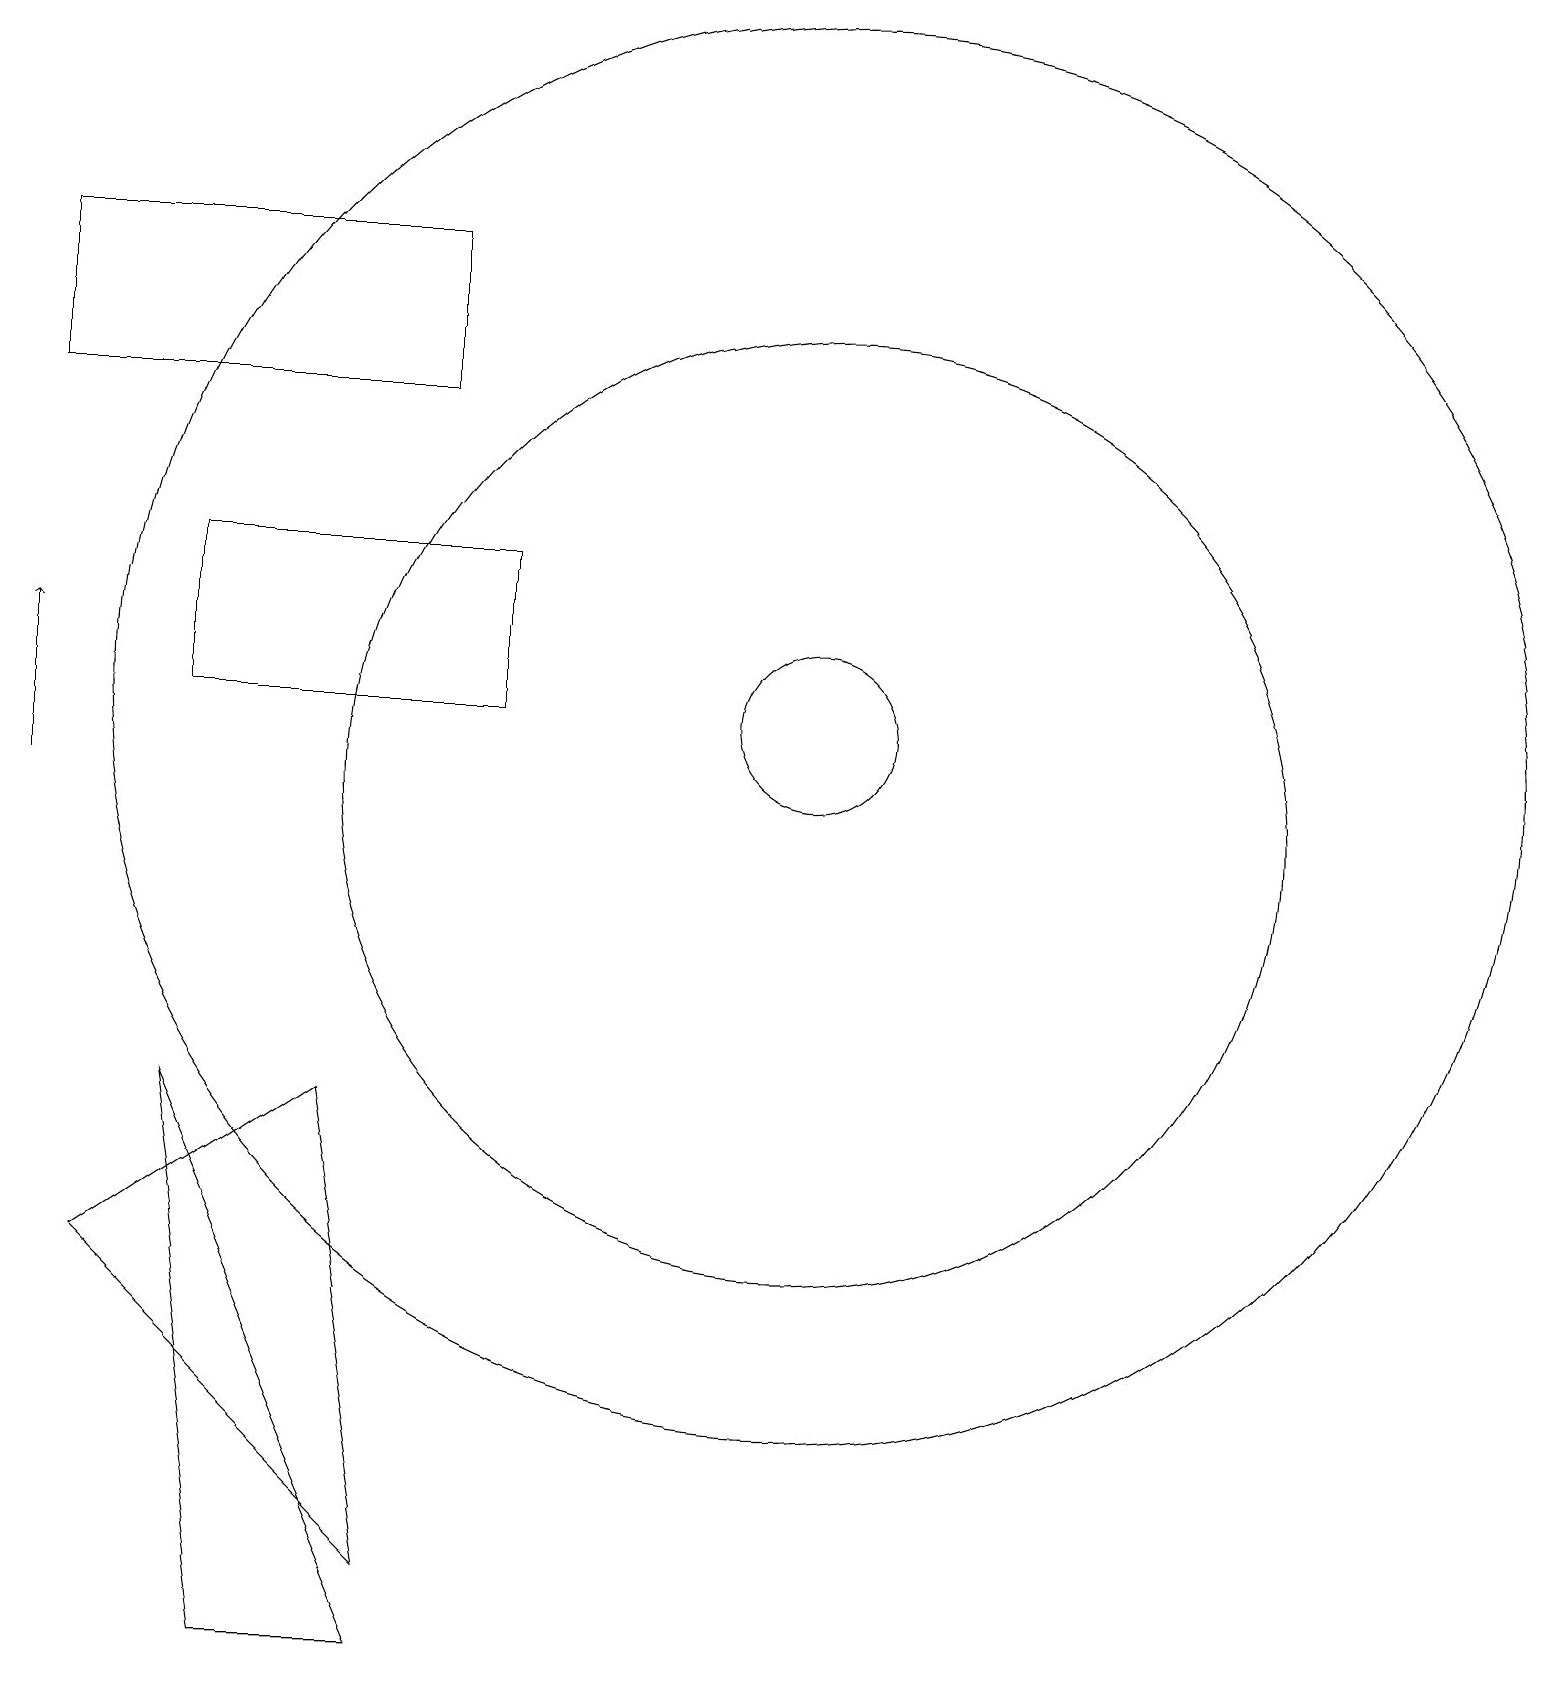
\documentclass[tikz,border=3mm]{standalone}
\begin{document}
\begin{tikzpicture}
\draw (10,11) circle (6);
\draw (5,0) -- (3,0) -- (2,7) -- cycle;
\draw (10,12) circle (9);
\draw (5,1) -- (4,7) -- (1,5) -- cycle;
\draw (0,18) rectangle (5,16);
\draw[->] (0,11) -- (0,13);
\draw (6,14) rectangle (2,12);
\draw (10,12) circle (1);
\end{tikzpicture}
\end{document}